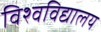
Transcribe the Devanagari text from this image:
विश्वविद्यालय